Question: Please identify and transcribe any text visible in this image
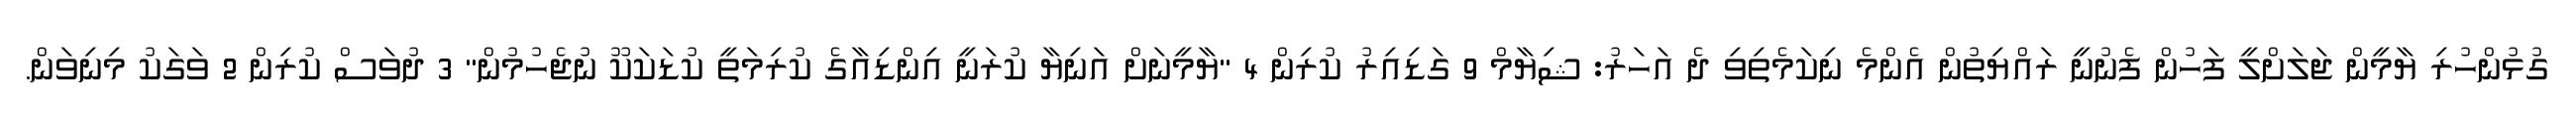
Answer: ގުޅުންހުރި ޔާމީން ޖަލަށްލީ ފަހުން ފެނުނީ ރައްޔިތުން އެންމެ ނިކަމެތިވި ދެ އަހަރު: ޝިޔާމް 9 ގަޑިއިރު ކުރިން 4 "ޔާމީނަށް އަނިޔާ ކުރަނީ އިންޑިއާގެ ކުރިމަތީ ކުޑަކަކޫ ނުޖެހުމުން" 3 ދުވަސް ކުރިން 2 ވަގަކު މިނިވަން.